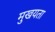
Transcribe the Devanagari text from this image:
मुखयता